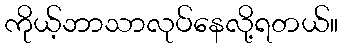
ကိုယ့်ဘာသာလုပ်နေလို့ရတယ်။